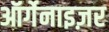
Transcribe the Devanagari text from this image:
ऑर्गेनाइज़र